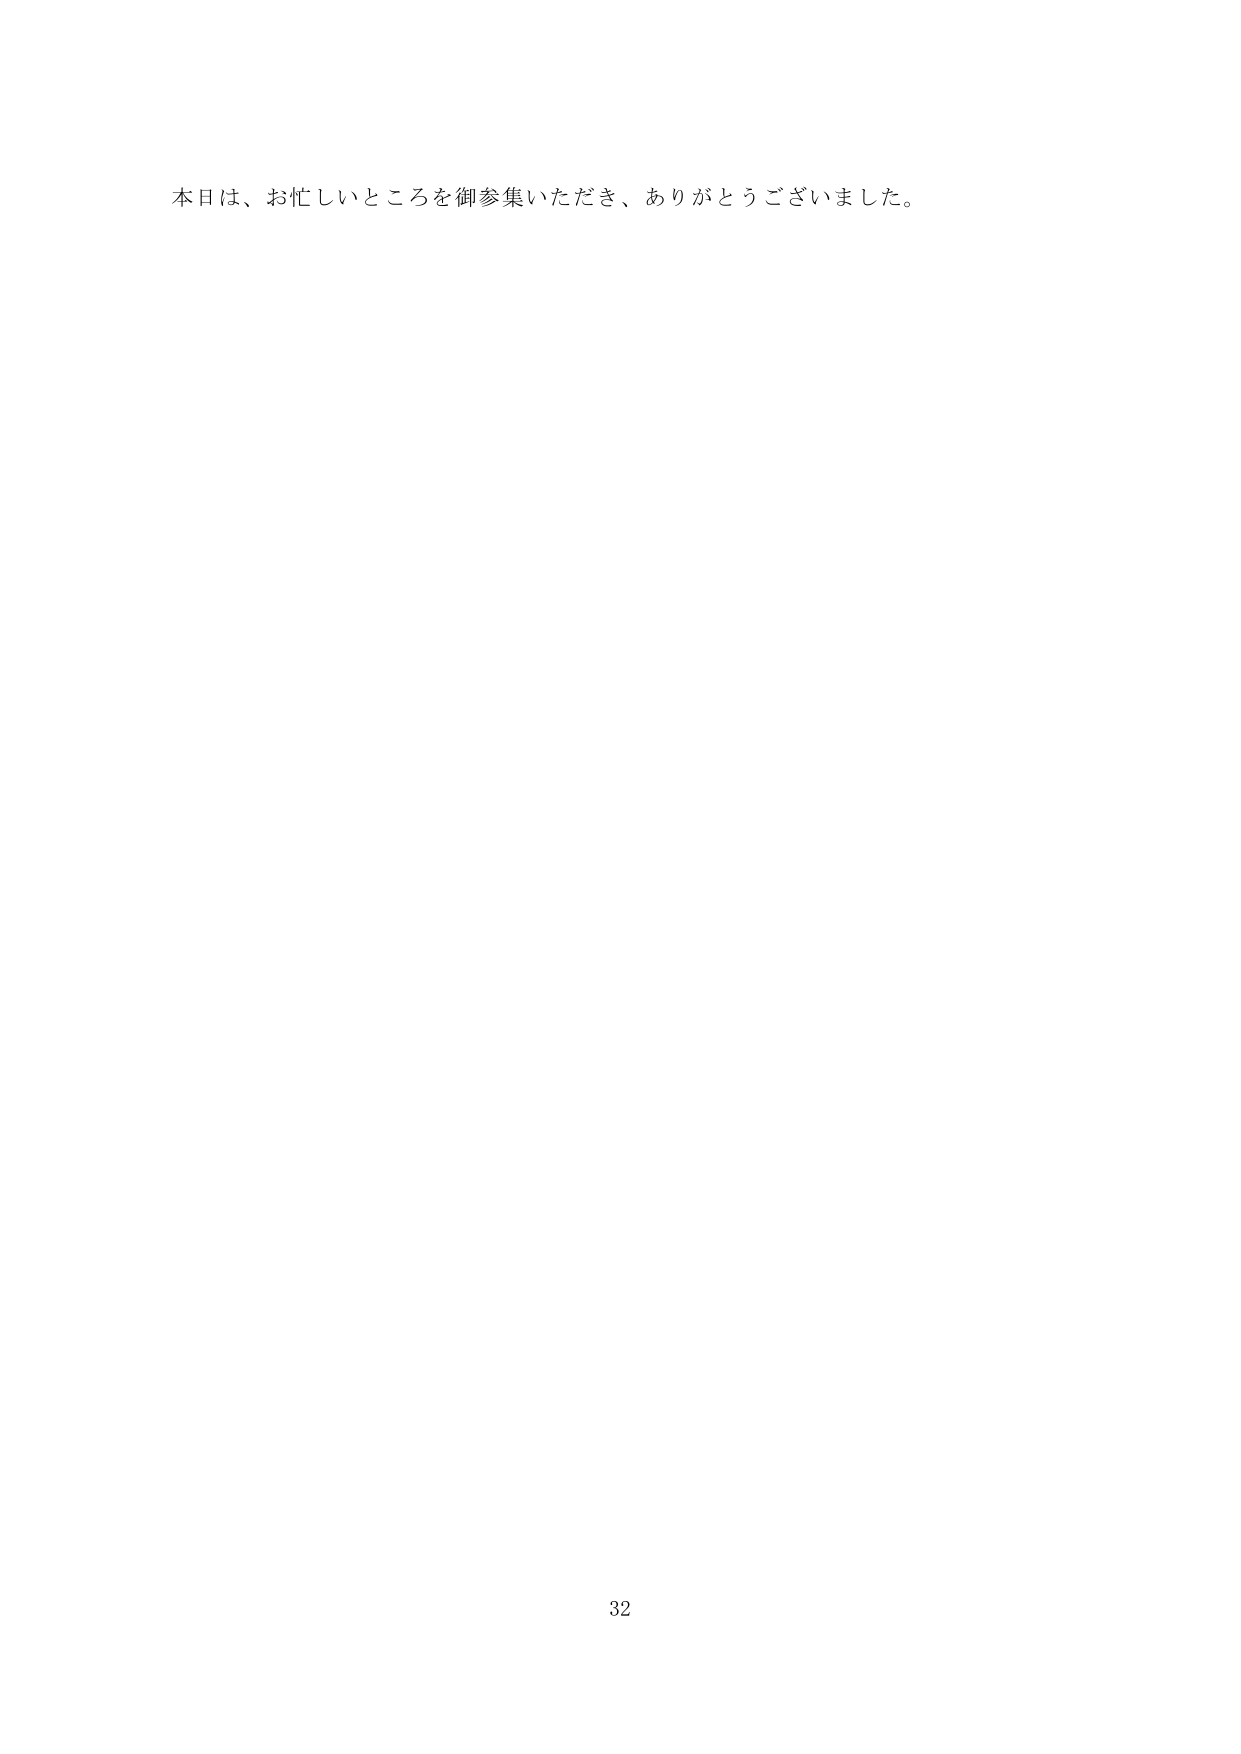
本日は、お忙しいところを御参集いただき、ありがとうございました。

32